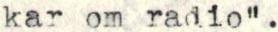
kar om radio".